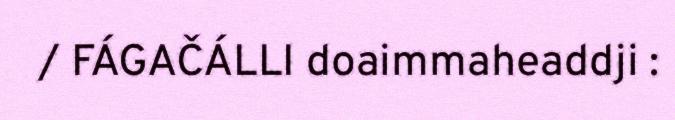
/ FÁGAČÁLLI doaimmaheaddji :